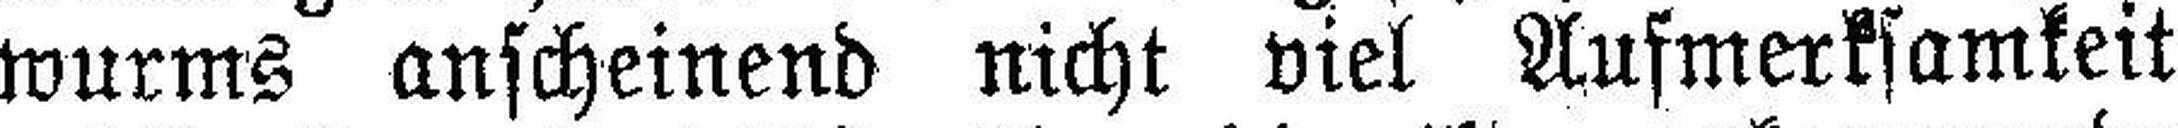
wurms anscheinend nicht viel Aufmerksamkeit